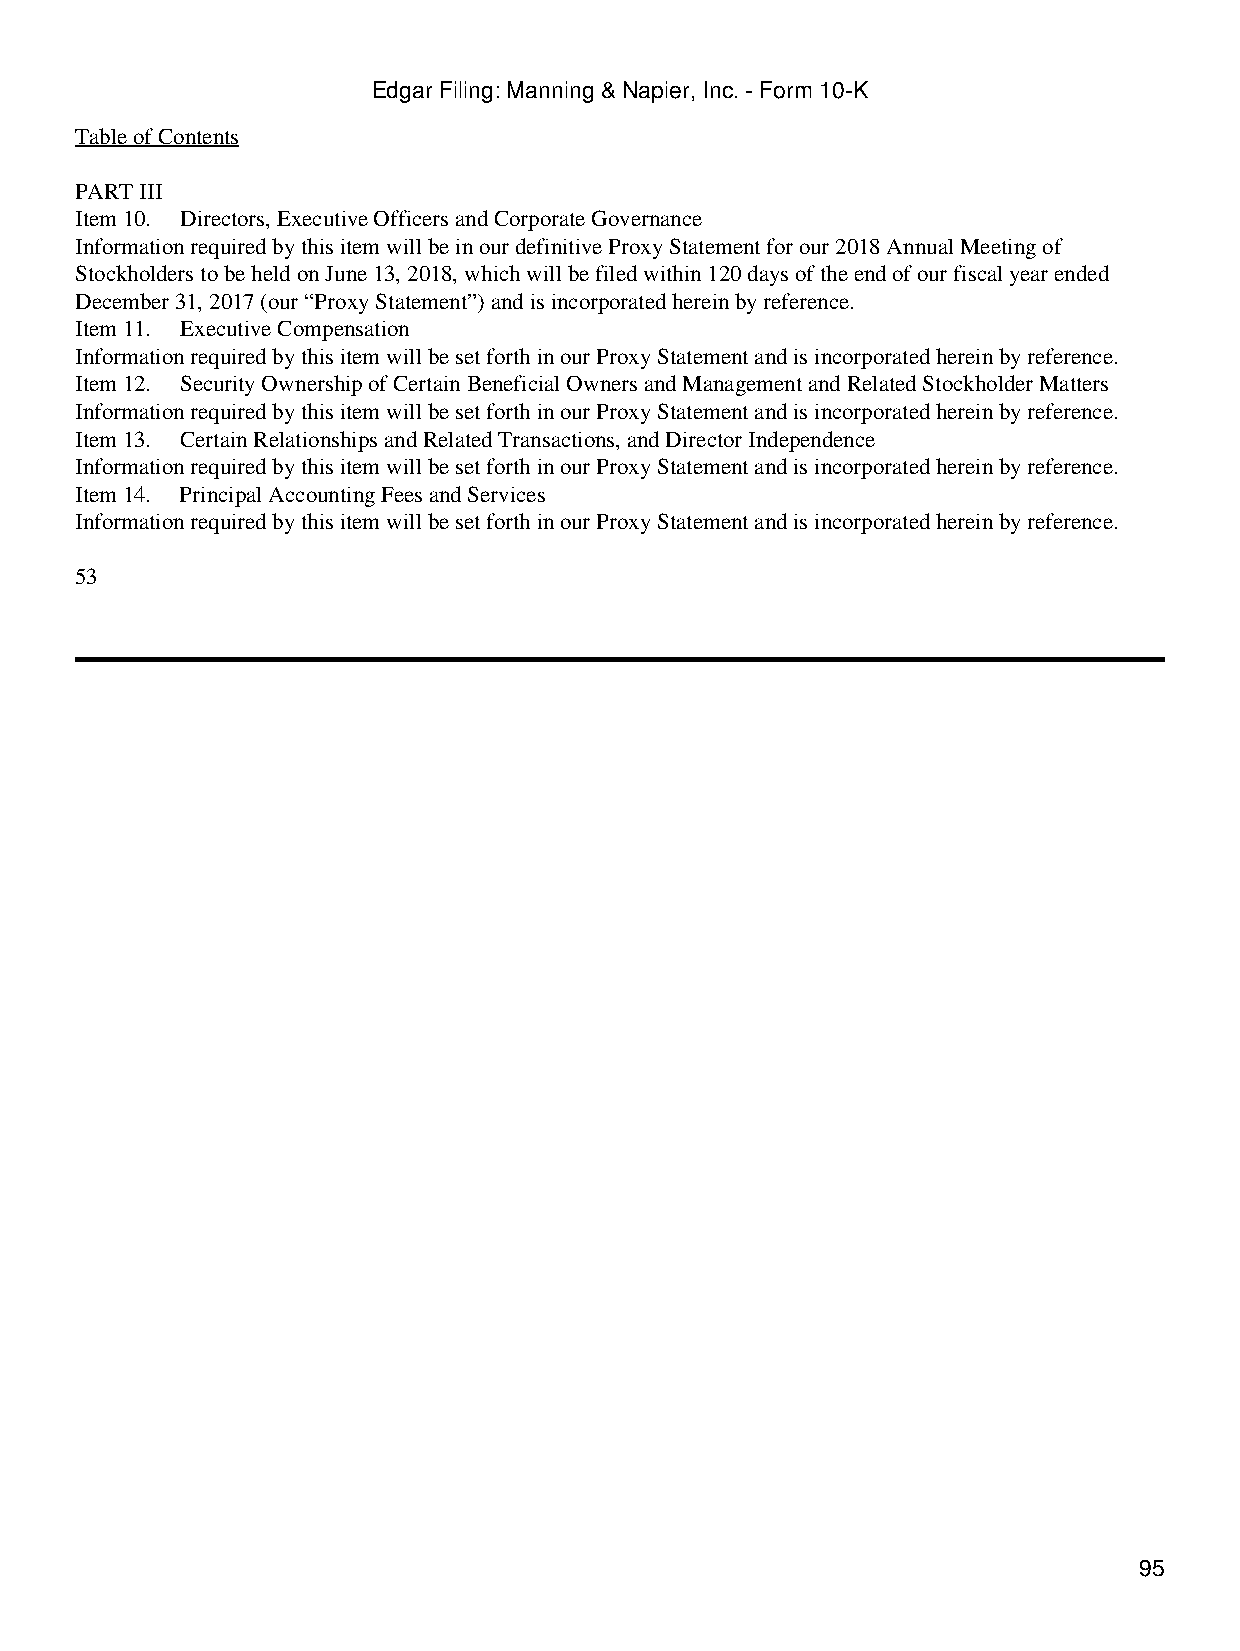
Edgar Filing: Manning & Napier, Inc. - Form 10-K
 Table of Contents
 PART III
 Item 10. Directors, Executive Officers and Corporate Governance
 Information required by this item will be in our definitive Proxy Statement for our 2018 Annual Meeting of
 Stockholders to be held on June 13, 2018, which will be filed within 120 days of the end of our fiscal year ended
 December 31, 2017 (our “Proxy Statement”) and is incorporated herein by reference.
 Item 11. Executive Compensation
 Information required by this item will be set forth in our Proxy Statement and is incorporated herein by reference.
 Item 12. Security Ownership of Certain Beneficial Owners and Management and Related Stockholder Matters
 Information required by this item will be set forth in our Proxy Statement and is incorporated herein by reference.
 Item 13. Certain Relationships and Related Transactions, and Director Independence
 Information required by this item will be set forth in our Proxy Statement and is incorporated herein by reference.
 Item 14. Principal Accounting Fees and Services
 Information required by this item will be set forth in our Proxy Statement and is incorporated herein by reference.
 53
 95